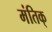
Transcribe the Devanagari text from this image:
मंतिक्‌